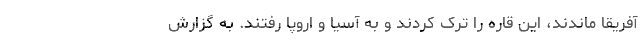
آفریقا ماندند، این قاره را ترک کردند و به آسیا و اروپا رفتند. به گزارش